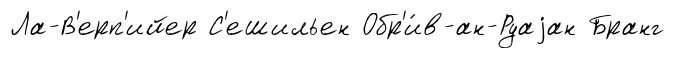
Ла-В'ерп'ийер С'ешильен Обр'и́в-ан-Руаjан Бранг